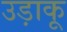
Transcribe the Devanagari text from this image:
उड़ाकू